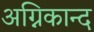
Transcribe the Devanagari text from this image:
अग्निकान्द